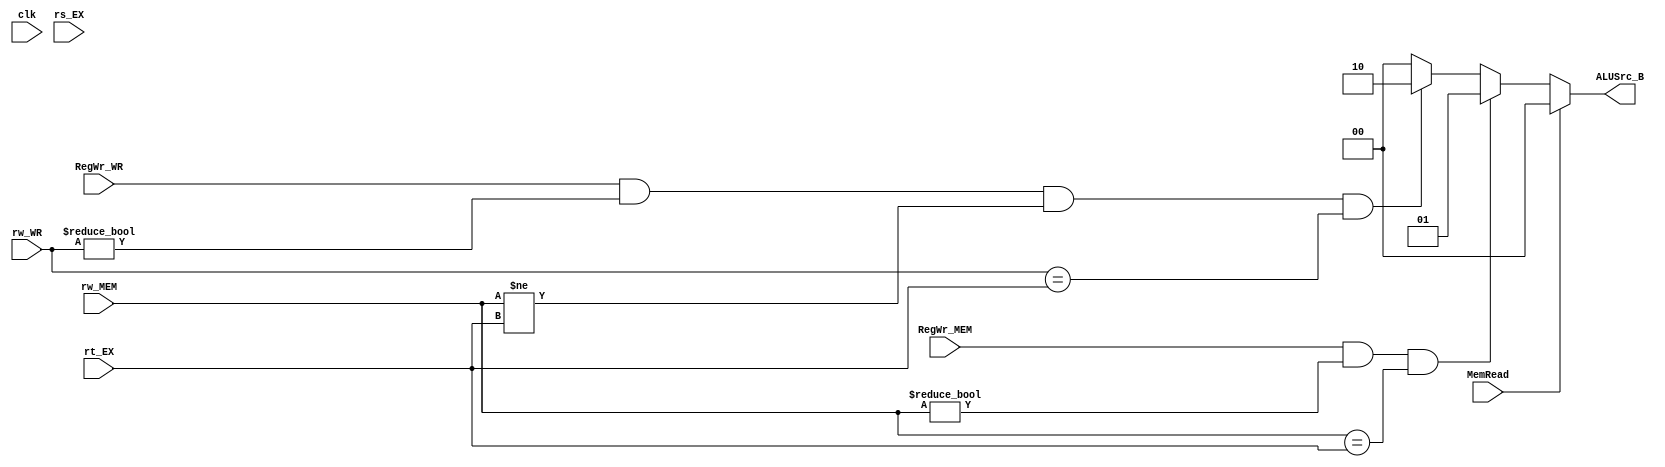
module forwarding_forB(input clk,
                    input MemRead,
                    input [4:0] rs_EX,
                    input [4:0] rt_EX,
                    input [4:0] rw_MEM,
                    input [4:0] rw_WR,
                    input RegWr_MEM,
                    input RegWr_WR,
                    output reg[1:0] ALUSrc_B);

    always@(*) begin
        if(MemRead) //load
            ALUSrc_B<=2'b00;
        else if(RegWr_MEM==1&&(rw_MEM!=0)&&(rw_MEM==rt_EX)) //
            ALUSrc_B<=2'b01;
        else if(RegWr_WR==1&&(rw_WR!=0)&&(rw_MEM!=rt_EX)&&(rw_WR==rt_EX)) //
            ALUSrc_B<=2'b10;
        else //
            ALUSrc_B<=2'b00;
    end

endmodule